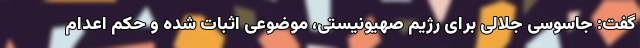
گفت: جاسوسی جلالی برای رژیم صهیونیستی، موضوعی اثبات شده و حکم اعدام